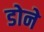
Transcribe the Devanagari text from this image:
डोने